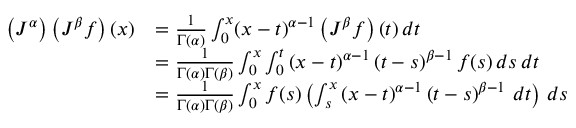
{ \begin{array} { r l } { \left( J ^ { \alpha } \right) \left( J ^ { \beta } f \right) ( x ) } & { = { \frac { 1 } { \Gamma ( \alpha ) } } \int _ { 0 } ^ { x } ( x - t ) ^ { \alpha - 1 } \left( J ^ { \beta } f \right) ( t ) \, d t } \\ & { = { \frac { 1 } { \Gamma ( \alpha ) \Gamma ( \beta ) } } \int _ { 0 } ^ { x } \int _ { 0 } ^ { t } \left( x - t \right) ^ { \alpha - 1 } \left( t - s \right) ^ { \beta - 1 } f ( s ) \, d s \, d t } \\ & { = { \frac { 1 } { \Gamma ( \alpha ) \Gamma ( \beta ) } } \int _ { 0 } ^ { x } f ( s ) \left( \int _ { s } ^ { x } \left( x - t \right) ^ { \alpha - 1 } \left( t - s \right) ^ { \beta - 1 } \, d t \right) \, d s } \end{array} }